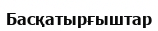
Басқатырғыштар